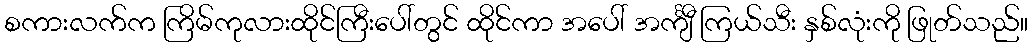
စကားလက်က ကြိမ်ကုလားထိုင်ကြီးပေါ်တွင် ထိုင်ကာ အပေါ် အင်္ကျီ ကြယ်သီး နှစ်လုံးကို ဖြုတ်သည်။